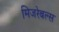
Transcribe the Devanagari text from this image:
मिजरेबल्स